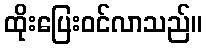
ထိုးပြေးဝင်လာသည်။